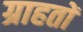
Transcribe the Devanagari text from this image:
ग्राहतों